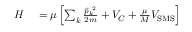
\begin{array} { r l } { H } & { { } = \mu \left[ \sum _ { k } \frac { \vec { p } _ { k } ^ { \ 2 } } { 2 m } + V _ { C } + \frac { \mu } { M } V _ { \mathrm { S M S } } \right] } \end{array}